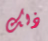
ذلك